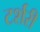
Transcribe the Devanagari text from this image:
टर्शरी